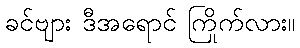
ခင်ဗျား ဒီအရောင် ကြိုက်လား။